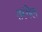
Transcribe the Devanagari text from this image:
तरंगेल